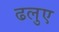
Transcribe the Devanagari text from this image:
ढलुए